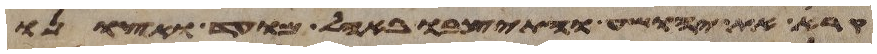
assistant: קרא את יהושע והתיצבו באהל מועד ואצונו